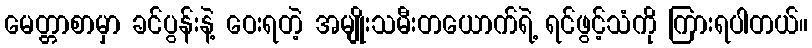
မေတ္တာစာမှာ ခင်ပွန်းနဲ့ ဝေးရတဲ့ အမျိုးသမီးတယောက်ရဲ့ ရင်ဖွင့်သံကို ကြားရပါတယ်။